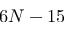
6 N - 1 5